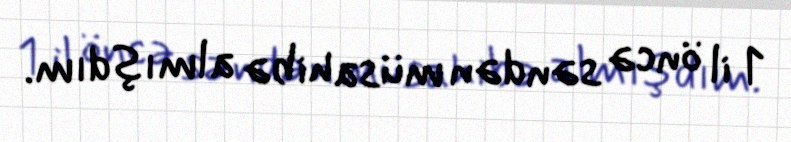
1 il öncə səndən müsahibə almışdım.